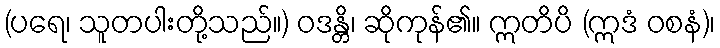
(ပရေ၊ သူတပါးတို့သည်။) ဝဒန္တိ၊ ဆိုကုန်၏။ ဣတိပိ (ဣဒံ ဝစနံ)၊